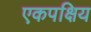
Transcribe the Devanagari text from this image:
एकपक्षिय